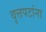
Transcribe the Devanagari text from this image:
वृत्तपटांना